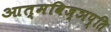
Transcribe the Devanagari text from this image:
आत्मविज्ञप्ति